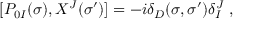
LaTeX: [ P _ { 0 I } ( \sigma ) , X ^ { J } ( \sigma ^ { \prime } ) ] = - i \delta _ { D } ( \sigma , \sigma ^ { \prime } ) \delta _ { I } ^ { J } \ ,